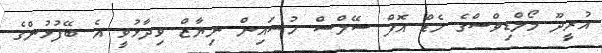
އުރީދޫ މޯލްޑިވްސްގެ ހެޑް އޮފް ސޭލްސް ހުސައިން ނިޔާޒް ވިދާޅުވީ އެ ބޭފުޅުންގެ